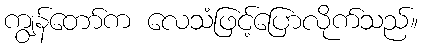
ကျွန်တော်က လေသံဖြင့်ပြောလိုက်သည်။